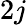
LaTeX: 2j